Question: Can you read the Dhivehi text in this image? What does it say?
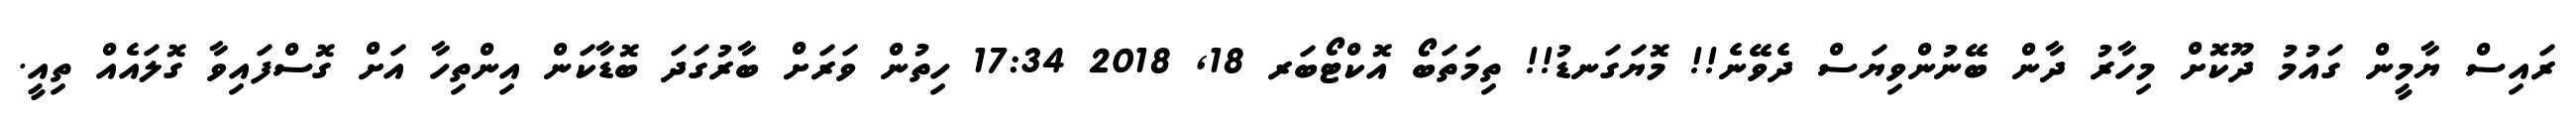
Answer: ރައިސް ޔާމީން ގައުމު ދޫކޮށް މިހާރު ދާން ބޭނުންވިޔަސް ދެވޭނެ!! މޮޔަގަނޑު!! ތިމަތަބޯ އޮކްޓޯބަރ 18, 2018 17:34 ހިތުން ވަރަށް ބާރުގަދަ ބޮޑާކަން އިންތިހާ އަށް ގޮސްފައިވާ ގޮލައެއް ތިއީ.